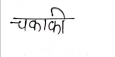
मजकूर: चकाकी